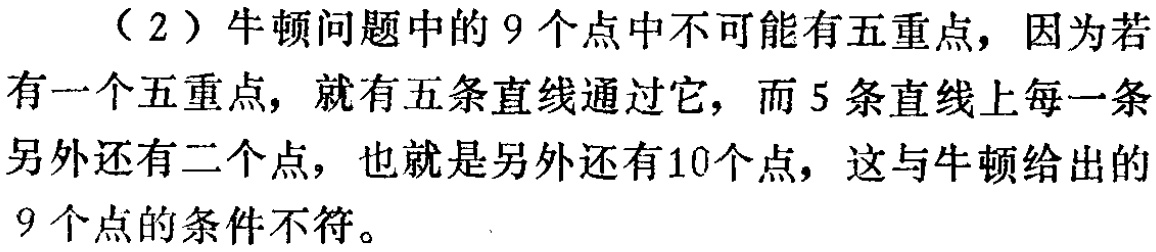
（2）牛顿问题中的9个点中不可能有五重点，因为若有一个五重点，就有五条直线通过它，而5条直线上每一条另外还有二个点，也就是另外还有10个点，这与牛顿给出的9个点的条件不符。